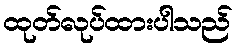
ထုတ်လုပ်ထားပါသည်